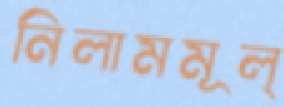
নিলামমূল্